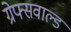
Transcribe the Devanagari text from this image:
ग्रेफ्सवाल्ड